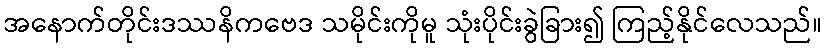
အနောက်တိုင်းဒဿနိကဗေဒ သမိုင်းကိုမူ သုံးပိုင်းခွဲခြား၍ ကြည့်နိုင်လေသည်။